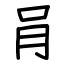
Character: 肙